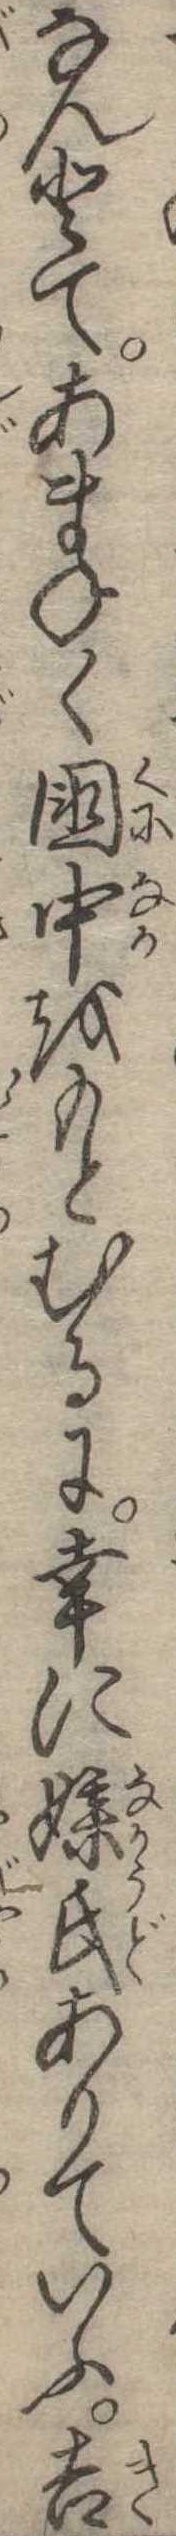
なんとてあまねく国中をもとむるに幸に媒氏ありていふ吉